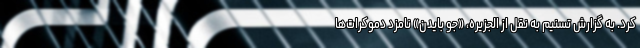
کرد. به گزارش تسنیم به نقل از الجزیره، «جو بایدن» نامزد دموکرات‌ها